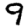
Digit: 9